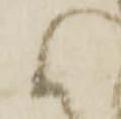
候